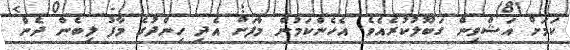
ކަމަށް އަޝްވިން ގަބޫލުކުރެއެވެ. އެހެންކަމުން މާފަށް އެދި ހިންދުގެ މާފު ލިބެން ދެން